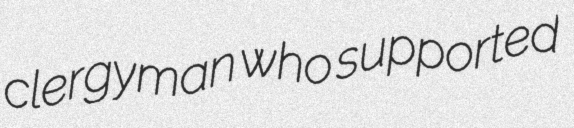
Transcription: clergyman who supported